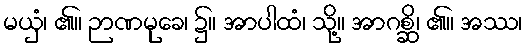
မယှံ၊ ၏။ ဉာဏမုခေ၊ ၌။ အာပါထံ၊ သို့။ အာဂစ္ဆိ၊ ၏။ အဿ၊